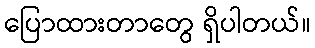
ပြောထားတာတွေ ရှိပါတယ်။